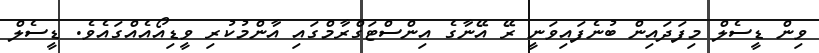
ވިން ޑީސެލް މިފަދައިން ބުނެފައިވަނީ ރޭ އޭނާގެ އިންސްޓަގްރާމްގައި އާންމުކުރި ވީޑިއޯއެއްގައެވެ. ޑީސެލް